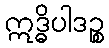
ဣဒ္ဓိပါဒဉ္စ